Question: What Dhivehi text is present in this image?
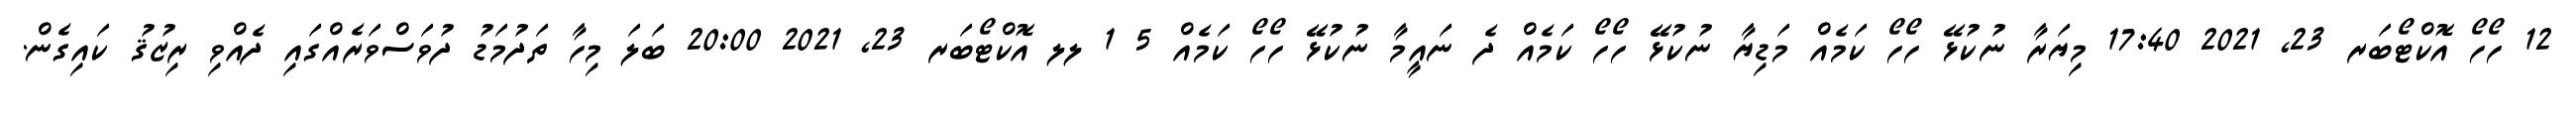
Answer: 12 ހޯހޯ އޮކްޓޯބަރ 23, 2021 17:40 މިޔަރާ ނުކުޅޭ ހޯހޯ ކަމެއް މަޑިޔާ ނުކުޅޭ ހޯހޯ ކަމެއް ދެ ނައީމާ ނުކުޅޭ ހޯހޯ ކަމެއް 5 1 ލލ އޮކްޓޯބަރ 23, 2021 20:00 ބަލަ މިހާ ތަދުމަޑު ދުވަސްވަރެއްގައި ދެއްވި ރިޒުޤު ކައިގެން.